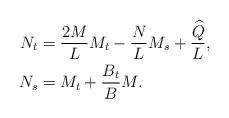
LaTeX: \begin{align*}N_t&=\frac{2M}{L}M_t-\frac{N}{L}M_s+\frac{\widehat Q}{L},\\N_s&=M_t+\frac{B_t}{B}M.\end{align*}